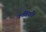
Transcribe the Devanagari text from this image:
कवियत्रि